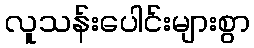
လူသန်းပေါင်းများစွာ